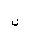
Letter: _non